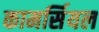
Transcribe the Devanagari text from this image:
कामर्सियल